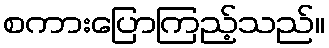
စကားပြောကြည့်သည်။